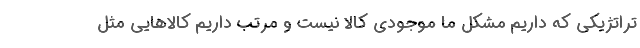
تراتژیکی که داریم مشکل ما موجودی کالا نیست و مرتب داریم کالاهایی مثل